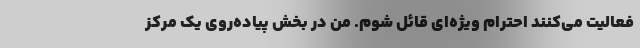
فعالیت می‌کنند احترام ویژه‌ای قائل شوم. من در بخش پیاده‌روی یک مرکز